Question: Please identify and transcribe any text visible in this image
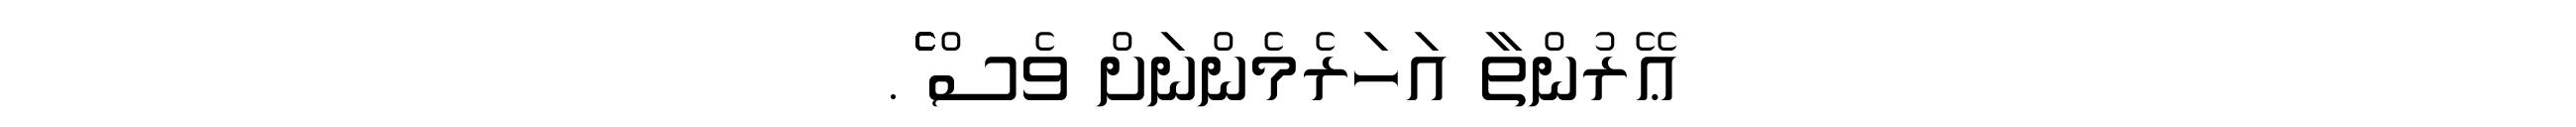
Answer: ޢޭރުންތާ އަހަރެމެންނަށް ވެސް ެެެެެެެެެެެެެެެެެެެެެެެެެެެެެެެެެެެެެެެެެެެެެެެެެެެެެެެެެެެެެެެެެެެެެެެެ.